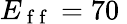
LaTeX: E_{\mathrm{~f~f~}}=70\